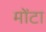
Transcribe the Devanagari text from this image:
मोंटा